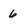
Character: 6